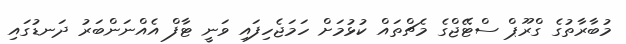
މުބާރާތުގެ ގްރޫޕް ސްޓޭޖްގެ މެޗްތައް ކުޅުމަށް ހަމަޖެހިފައި ވަނީ ޓާފް އެއްނަންބަރު ދަނޑުގައި